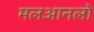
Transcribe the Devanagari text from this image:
मलआनलो